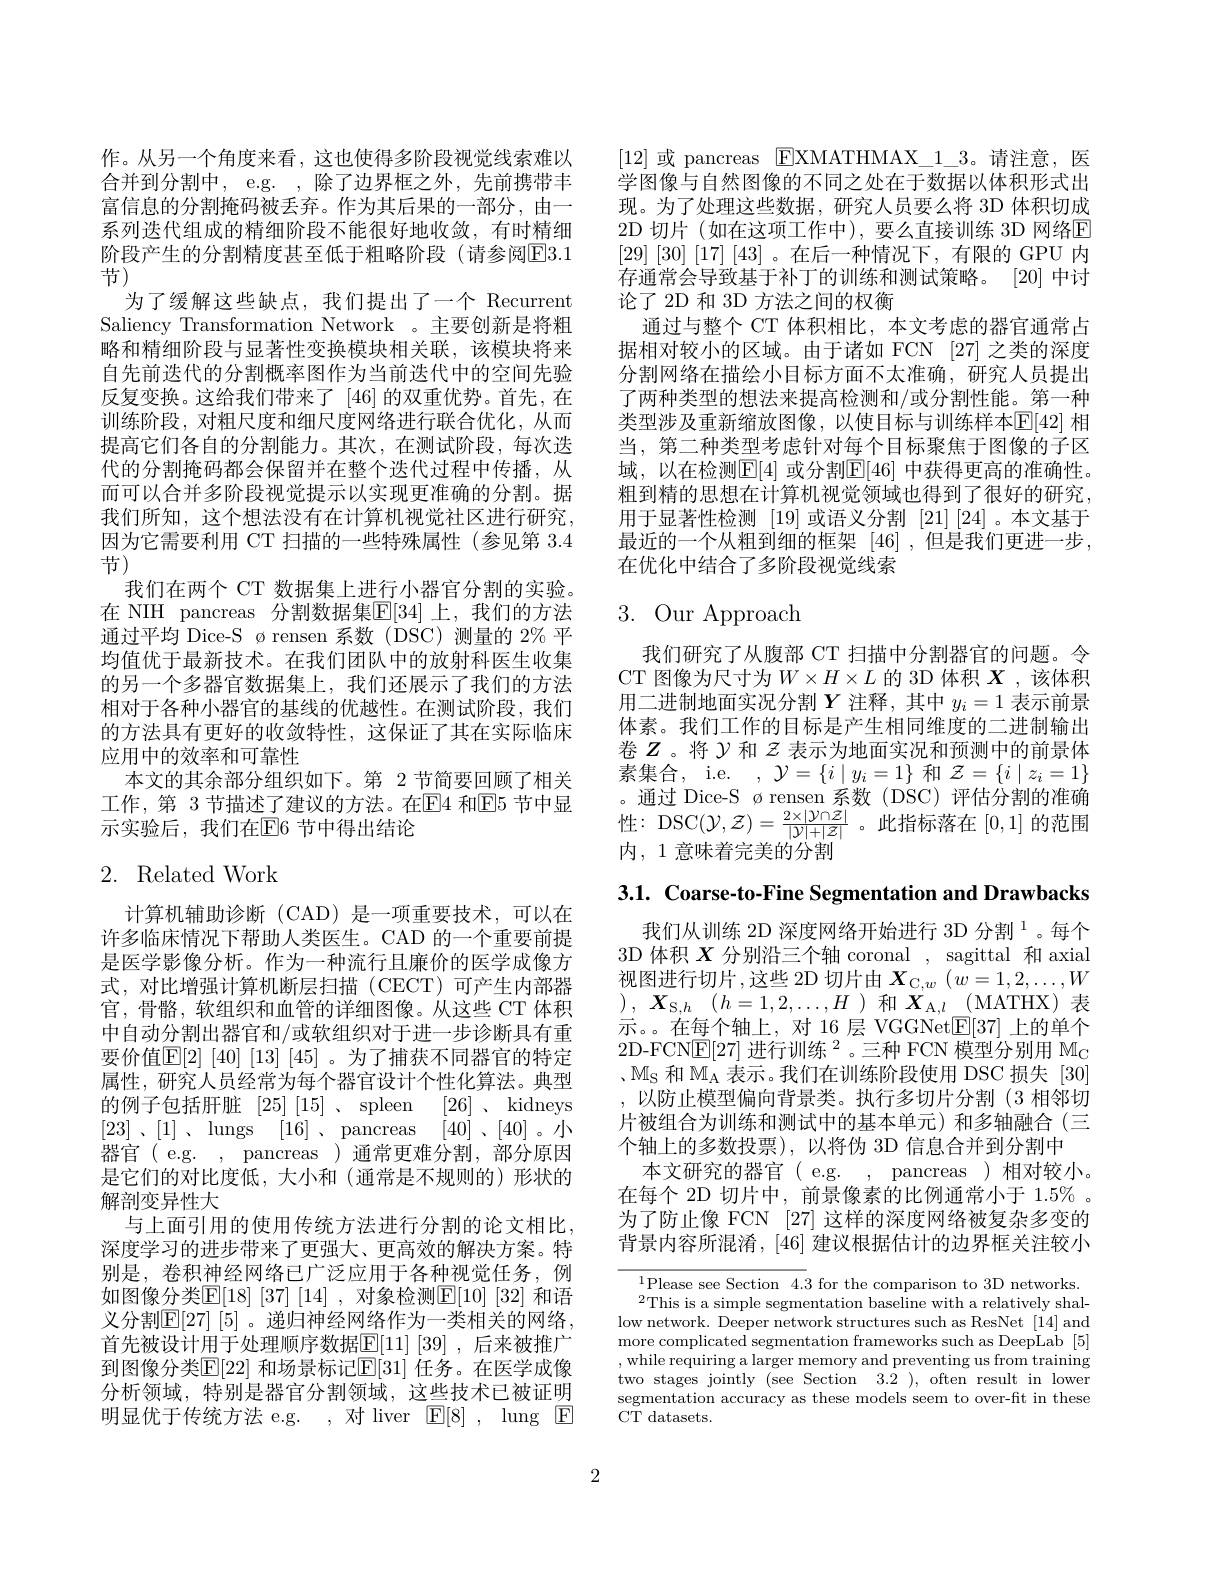
作。从另一个角度来看，这也使得多阶段视觉线索难以合并到分割中，e.g. ,除了边界框之外，先前携带丰富信息的分割掩码被丢弃。作为其后果的一部分，由一系列迭代组成的精细阶段不能很好地收敛，有时精细阶段产生的分割精度甚至低于粗略阶段(请参阅$\overline{\mathrm{E}}3.1$ 节)
为了缓解这些缺点，我们提出了一个 Recurrent Saliency Transformation Network 。主要创新是将粗略和精细阶段与显著性变换模块相关联，该模块将来自先前迭代的分割概率图作为当前迭代中的空间先验反复变换。这给我们带来了 [46]的双重优势。首先，在训练阶段，对粗尺度和细尺度网络进行联合优化，从而提高它们各自的分割能力。其次，在测试阶段，每次迭代的分割掩码都会保留并在整个迭代过程中传播，从而可以合并多阶段视觉提示以实现更准确的分割。据我们所知，这个想法没有在计算机视觉社区进行研究， 因为它需要利用 CT 扫描的一些特殊属性(参见第 3.4节)
我们在两个 CT 数据集上进行小器官分割的实验。在 NIH pancreas 分割数据集$\mathbb{E}[34]$ 上，我们的方法通过平均 Dice-S ørensen 系数(DSC)测量的 2%平均值优于最新技术。在我们团队中的放射科医生收集的另一个多器官数据集上，我们还展示了我们的方法相对于各种小器官的基线的优越性。在测试阶段，我们的方法具有更好的收敛特性，这保证了其在实际临床应用中的效率和可靠性
本文的其余部分组织如下。第 2 节简要回顾了相关
工 作 , 第 3节 描 述 了 建 议 的 方 法 。在 El4 和 El5 节 中 显 。通 过 Dice- S ø rensen 系 数 ( DSC) 评 估 分 割 的 准 确 示 实 验 后 , 我 们 在 E[ 6 节 中 得 出 结 论 性 : DSC$( \mathcal{Y} , \mathcal{Z} ) = \frac {2\times | \mathcal{Y} \cap Z| }{| \mathcal{Y} | + | \mathcal{Z} | }$。此 指 标 落 在 [0,1] 的 范 围

# 2. Related Work

计算机辅助诊断(CAD)是一项重要技术，可以在许多临床情况下帮助人类医生。CAD 的一个重要前提是医学影像分析。作为一种流行且廉价的医学成像方式，对比增强计算机断层扫描(CECT)可产生内部器官，骨骼，软组织和血管的详细图像。从这些 CT 体积中自动分割出器官和/或软组织对于进一步诊断具有重要价值$\mathbb{E}[2]$ [40] [13] [45] 。为了捕获不同器官的特定属性，研究人员经常为每个器官设计个性化算法。典型的例子包括肝脏[25][15] 、spleen [26] 、 kidneys [23] , [1] , lungs [16] , pancreas [40]、[40]。小器官(e.g.,pancreas)通常更难分割，部分原因是它们的对比度低，大小和(通常是不规则的)形状的解剖变异性大
与上面引用的使用传统方法进行分割的论文相比， 深度学习的进步带来了更强大、更高效的解决方案。特别是，卷积神经网络已广泛应用于各种视觉任务，例如图像分类$\overline{\mathrm{E}}[18]\begin{array}{c}37\end{array}[14]\begin{array}{c},&\text{对象检测}\underline{\mathrm{E}}[10]&[32]\end{array}$和语义分割$\mathbb{E}[27]\left[5\right]$。递归神经网络作为一类相关的网络， 首先被设计用于处理顺序数据$\mathbb{E}[11]\left[39\right]$,后来被推广到图像分类$\mathbb{E}[22]$ 和场景标记$\mathbb{E}[31]$ 任务。在医学成像分析领域，特别是器官分割领域，这些技术已被证明明显优于传统方法 e.g. ,对 liver $\mathbb{E}[8]$, lung $\mathbb{E}$

[12]或 pancreas $\boxed{\text{FXMATHMAX}_1_3}$。请注意，医学图像与自然图像的不同之处在于数据以体积形式出现。为了处理这些数据，研究人员要么将 3D 体积切成2D 切片(如在这项工作中),要么直接训练 3D 网络$\overline{\mathrm{E}}$ [29] [30] [17] [43]。在后一种情况下，有限的 GPU 内存通常会导致基于补丁的训练和测试策略。[20]中讨论了 2D 和 3D 方法之间的权衡
通过与整个 CT 体积相比，本文考虑的器官通常占据相对较小的区域。由于诸如 FCN [27] 之类的深度分割网络在描绘小目标方面不太准确，研究人员提出了两种类型的想法来提高检测和/或分割性能。第一种类型涉及重新缩放图像，以使目标与训练样本$\mathbb{E}[42]$ 相当，第二种类型考虑针对每个目标聚焦于图像的子区域，以在检测$\mathbb{E}[4]$ 或分割$\mathbb{E}[46]$ 中获得更高的准确性。粗到精的思想在计算机视觉领域也得到了很好的研究， 用于显著性检测 [19]或语义分割 [21][24]。本文基于最近的一个从粗到细的框架[46] ,但是我们更进一步， 在优化中结合了多阶段视觉线索

# 3. Our Approach

我们研究了从腹部 CT 扫描中分割器官的问题。令CT 图像为尺寸为$W\times H\times L$ 的 3D 体积 $X$ ,该体积用二进制地面实况分割$Y$注释，其中$y_i=1$表示前景体素。我们工作的目标是产生相同维度的二进制输出卷$Z$ 。将$\mathcal{Y}$和$\mathcal{Z}$表示为地面实况和预测中的前景体素集合，i.e. $,\mathcal{Y}=\{i\mid y_{i}=1\}$和$\mathcal{Z}=\{i\mid z_{i}=1\}$ 内，1 意味着完美的分割

3.1. Coarse-to-Fine Segmentation and Drawbacks

我们从训练 2D 深度网络开始进行 3D 分割$^{1}$。每个3D 体积$X$分别沿三个轴 coronal , sagittal 和 axial 视图进行切片，这些 2D 切片由$X_{\mathrm{C},w}\left(w=1,2,\ldots,W\right.$ ), $\boldsymbol{X}_{\mathrm{S} , h}$ $( h= 1, 2, \ldots , H$ ) 和$\boldsymbol{X}_{\mathrm{A} , l}$ (MATHX)表示。在每个轴上，对 16 层 VGGNet$\boxed{\mathrm{E}}[37]$上的单个2D-FCN$\underline{\mathrm{E}}[27]\text{ 进行训练 }^2$。三种 FCN 模型分别用$\mathbb{M}_{\mathrm{C}}$ 、$\mathbb{M}_{\mathrm{S}}$和$\mathbb{M}_{\mathrm{A}}$表示。我们在训练阶段使用 DSC 损失[30] ,以防止模型偏向背景类。执行多切片分割(3 相邻切片被组合为训练和测试中的基本单元)和多轴融合(三个轴上的多数投票),以将伪 3D 信息合并到分割中
本文研究的器官( e.g. , pancreas )相对较小。在每个 2D 切片中，前景像素的比例通常小于 1.5% 。为了防止像 FCN [27] 这样的深度网络被复杂多变的背景内容所混淆，[46] 建议根据估计的边界框关注较小

$^{1}$Please see Section 4.3 for the comparison to 3D networks. $^{\text{1.cusc accuon r.0 101 onc compunoon ***cowons.}}{}^{2}$This is a simple segmentation baseline with a relatively shal-
low network. Deeper network structures such as ResNet [14] and more complicated segmentation frameworks such as DeepLab [5] ,while requiring a larger memory and preventing us from training two stages jointly (see Section 3.2 ), often result in lower segmentation accuracy as these models seem to over-fit in these ${\mathrm{CT~datasets.}}$

2